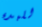
للبدء